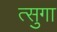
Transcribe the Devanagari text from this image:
त्सुगा